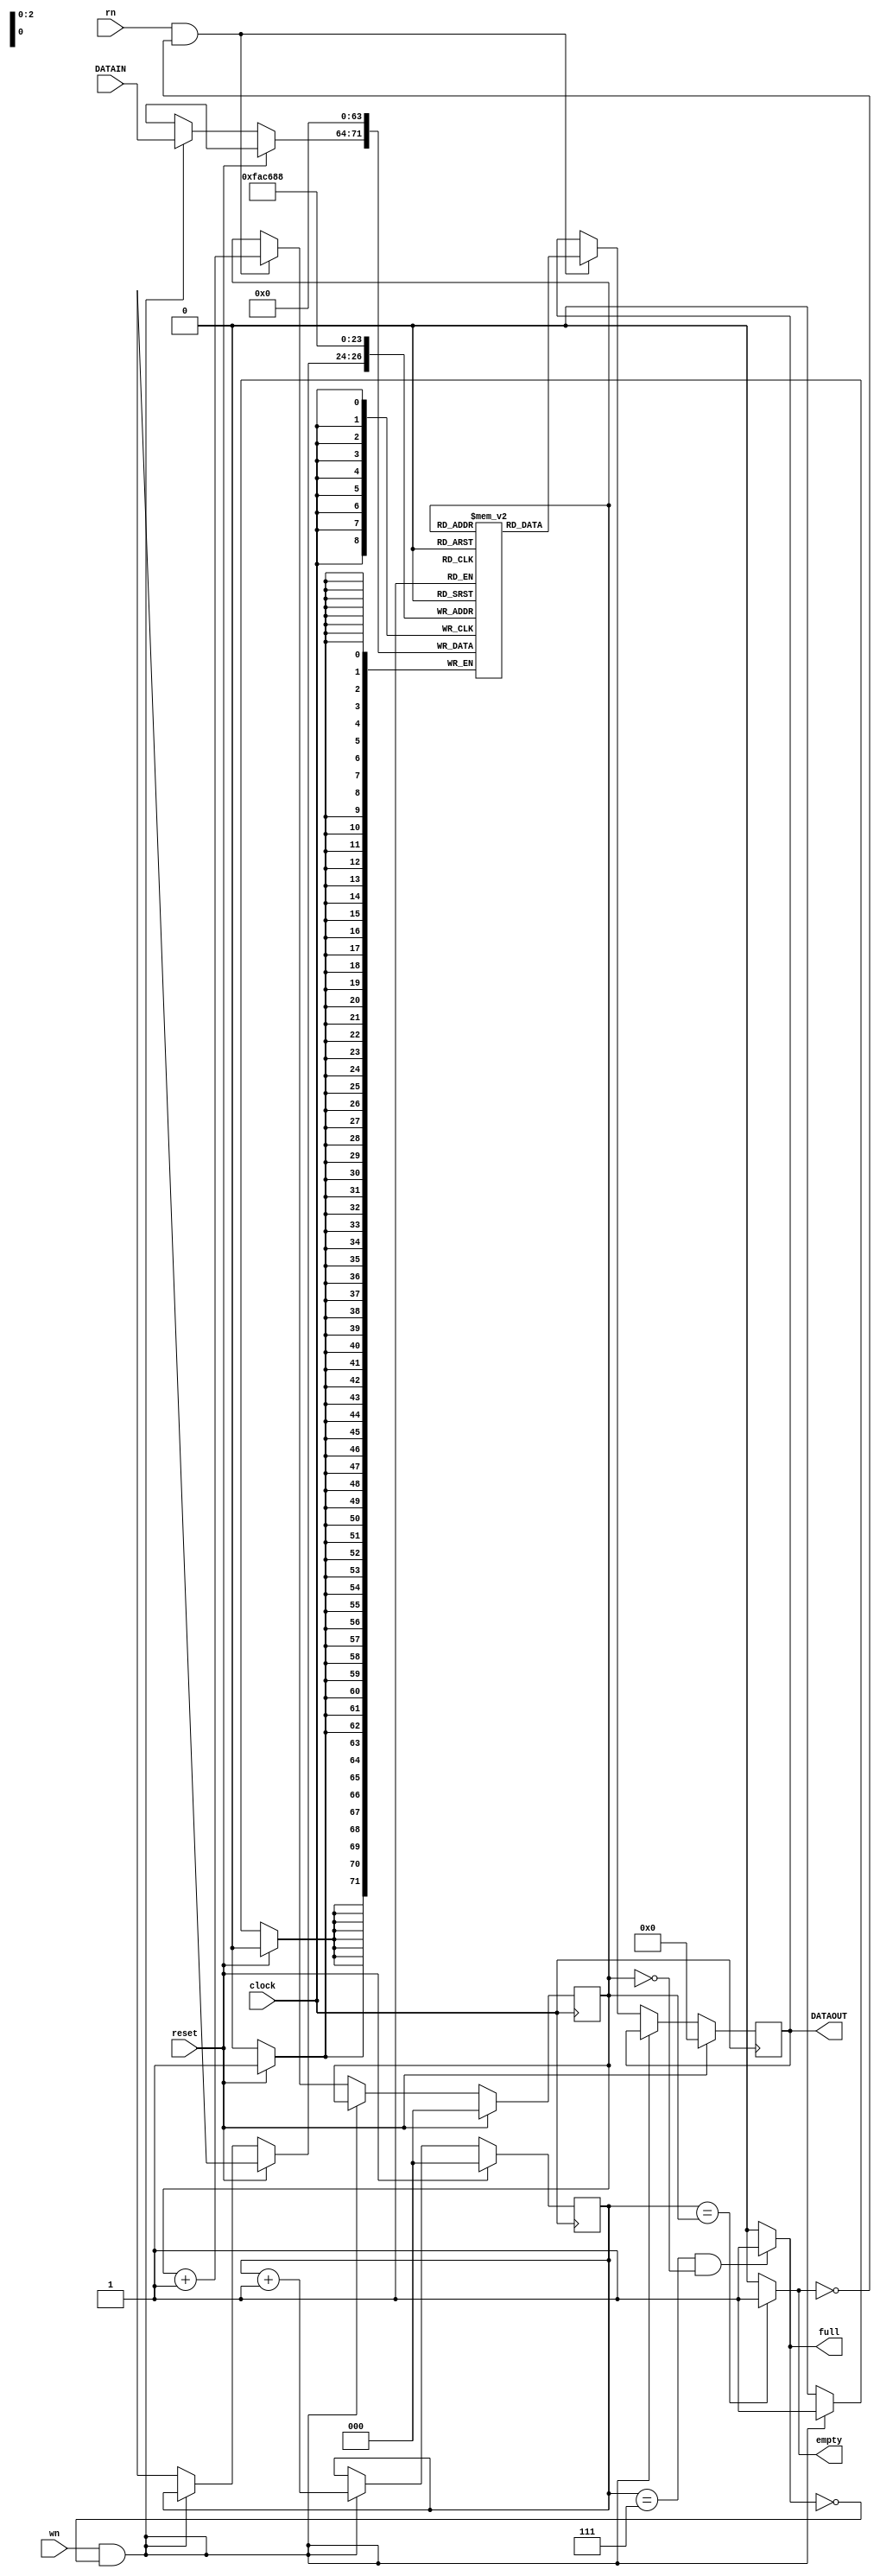
module jFIFO(DATAOUT, full, empty, clock, reset, wn, rn, DATAIN);
  output reg [7:0] DATAOUT;
  output full, empty;
  input [7:0] DATAIN;
  input clock, reset, wn, rn; // Need to understand what is wn and rn are for
  
  reg [2:0] wptr, rptr; // pointers tracking the stack
  reg [7:0] memory [7:0]; // the stack is 8 bit wide and 8 locations in size
  
  assign full = ( (wptr == 3'b111) & (rptr == 3'b000) ? 1 : 0 );
  assign empty = (wptr == rptr) ? 1 : 0;
  
  always @(posedge clock)
  begin
    if (reset)
      begin
        memory[0] <= 0; memory[1] <= 0; memory[2] <= 0; memory[3] <= 0;
        memory[4] <= 0; memory[5] <= 0; memory[6] <= 0; memory[7] <= 0;
        DATAOUT <= 0; wptr <= 0; rptr <= 0;
      end
    else if (wn & !full)
      begin
        memory[wptr] <= DATAIN;
        wptr <= wptr + 1;
      end
    else if (rn & !empty)
      begin
        DATAOUT <= memory[rptr];
        rptr <= rptr + 1;
      end
  end
endmodule